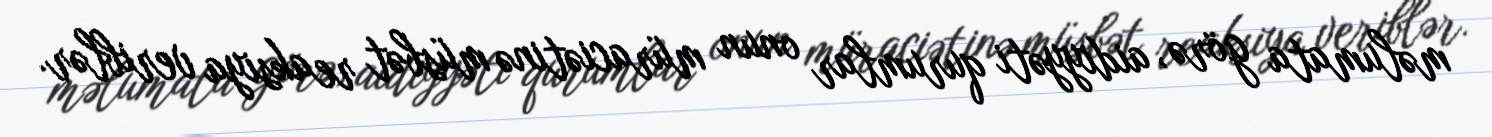
məlumata görə, aidiyyəti qurumlar onun müraciətinə müsbət reaksiya veriblər.